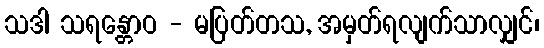
သဒါ သရန္တောဝ - မပြတ်တသ, အမှတ်ရလျက်သာလျှင်၊